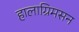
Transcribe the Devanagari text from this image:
हालाग्रिमसन